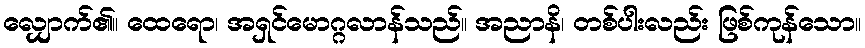
လျှောက်၏။ ထေရော၊ အရှင်မောဂ္ဂလာန်သည်။ အညာနိ၊ တစ်ပါးလည်း ဖြစ်ကုန်သော။